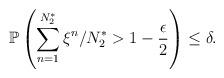
LaTeX: \begin{align*}\mathbb{P}\left(\sum_{n=1}^{N_2^*}\xi^n/N_2^*> 1-\frac{\epsilon}{2}\right)\leq \delta.\end{align*}